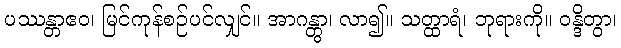
ပဿန္တာဧဝ၊ မြင်ကုန်စဉ်ပင်လျှင်။ အာဂန္တွာ၊ လာ၍။ သတ္ထာရံ၊ ဘုရားကို။ ဝန္ဒိတွာ၊